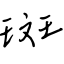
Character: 斑